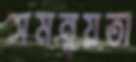
সমন্বয়তা